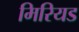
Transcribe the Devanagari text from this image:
मिरियड